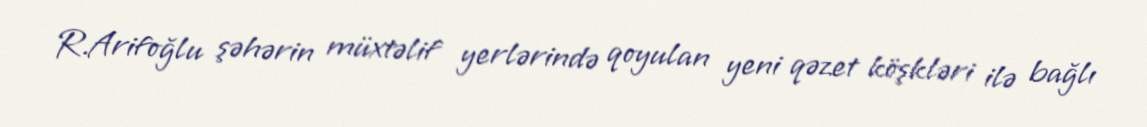
R.Arifoğlu şəhərin müxtəlif yerlərində qoyulan yeni qəzet köşkləri ilə bağlı